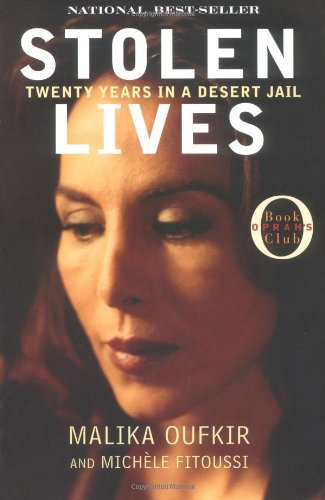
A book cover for Stolen Lives: Twenty Years in a Desert Jail (Oprah's Book Club); Malika Oufkir; Biographies & Memoirs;